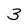
Character: 3